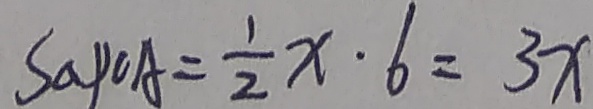
S \Delta P C A = \frac { 1 } { 2 } x \cdot 6 = 3 x